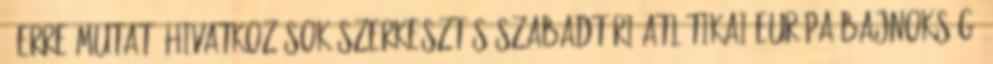
← erre mutató hivatkozások szerkesztés Szabadtéri atlétikai Európa-bajnokság ‎